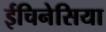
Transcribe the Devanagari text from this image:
ईचिनेसिया